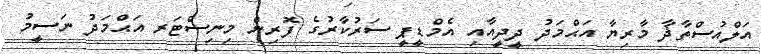
އަލްއުސްތާޛާ މާރިޔާ އަޙްމަދު ދީދީއާއި އެމްޑީޕީ ސަރުކާރުގެ ފޮރިން މިނިސްޓަރ އަޙްމަދު ނަސީމު